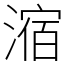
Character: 㴼